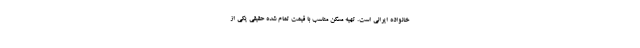
خانواده ایرانی است. تهیه مسکن مناسب با قیمت تمام شده حقیقی یکی از